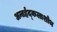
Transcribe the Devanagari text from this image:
अन्तर्हृद्कलाशोथ